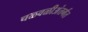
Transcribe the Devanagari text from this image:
चळवळीअंतर्गत